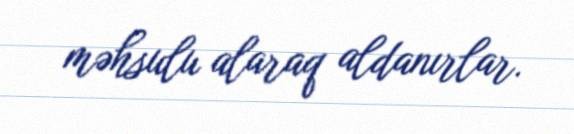
məhsulu alaraq aldanırlar.